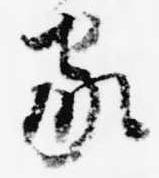
家